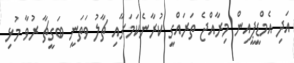
އަދި އެމްޑީޕީއިން މިރާއްޖެ ތަރައްގީ ކުރާނެކަމަށާއި ޗާލު ވަަތަނީ ބަގީޗާ ރުވާ މުޅި